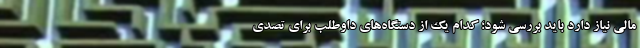
مالی نیاز دارد باید بررسی شود؛ کدام یک از دستگاه‌های داوطلب برای تصدی